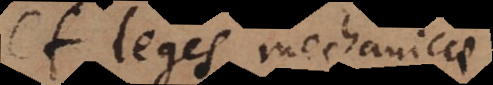
et leges mechanicae